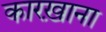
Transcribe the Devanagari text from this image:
कारख़ाना